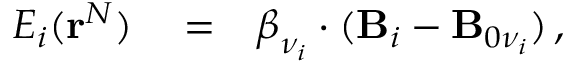
\begin{array} { r l r } { E _ { i } ( { \bf r } ^ { N } ) } & { { } = } & { { { \boldsymbol \beta } } _ { \nu _ { i } } \cdot ( { { \bf B } } _ { i } - { { \bf B } } _ { 0 \nu _ { i } } ) \, , } \end{array}